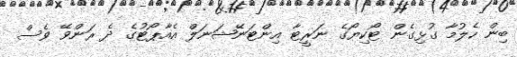
ބިން ހެލުމާ ގުޅިގެން ޓޯކިޔޯގެ ނަރީޓާ އިންޓަނޭޝަނަލް އެއާޕޯޓުގެ ދެ ރަންވޭ ވެސް